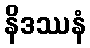
နိဒဿနံ